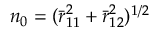
n _ { 0 } = ( \bar { r } _ { 1 1 } ^ { 2 } + \bar { r } _ { 1 2 } ^ { 2 } ) ^ { 1 / 2 }